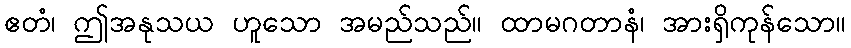
ဧတံ၊ ဤအနုသယ ဟူသော အမည်သည်။ ထာမဂတာနံ၊ အားရှိကုန်သော။